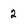
Character: 2